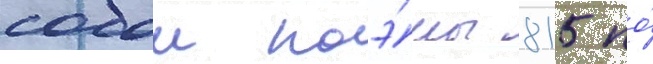
собои поэ́мы 815 по́